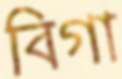
বিগা